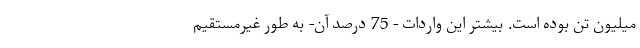
میلیون تن بوده است. بیشتر این واردات - 75 درصد آن- به طور غیرمستقیم